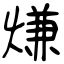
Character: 熑